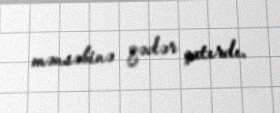
mənsəbinə qədər çatırdı.